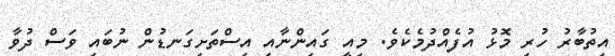
އިތުބާރު ހުރި މޮޅު އުފެއްދުމެކެވެ. މިއީ ގައިންނާއި އިސްތަށިގަނޑުން ނުބައި ވަސް ދުވާ